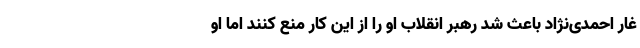
غار احمدی‌نژاد باعث شد رهبر انقلاب او را از این کار منع کنند اما او